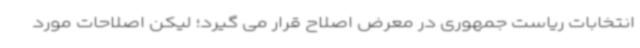
انتخابات ریاست جمهوری در معرض اصلاح قرار می گیرد؛ لیکن اصلاحات مورد